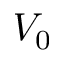
V _ { 0 }